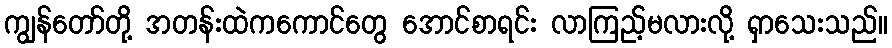
ကျွန်တော်တို့ အတန်းထဲကကောင်တွေ အောင်စာရင်း လာကြည့်မလားလို့ ရှာသေးသည်။